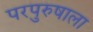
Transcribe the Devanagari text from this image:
परपुरुषाला